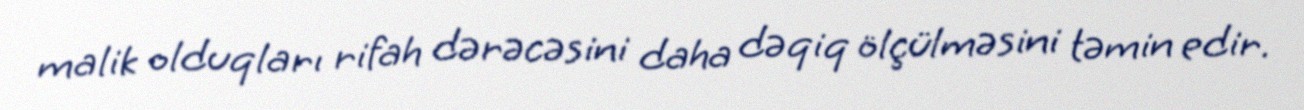
malik olduqları rifah dərəcəsini daha dəqiq ölçülməsini təmin edir.